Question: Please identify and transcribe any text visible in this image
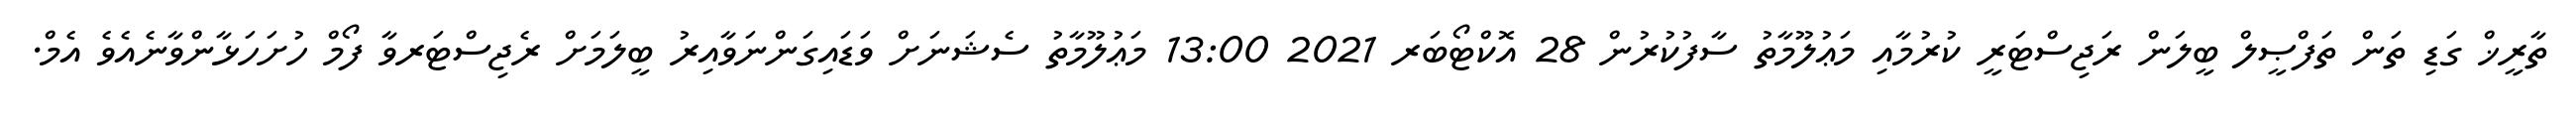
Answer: ތާރީޚް ގަޑި ތަން ތަފްޞީލް ބީލަން ރަޖިސްޓަރީ ކުރުމާއި މަޢުލޫމާތު ސާފުކުރުން 28 އޮކްޓޯބަރ 2021 13:00 މަޢުލޫމާތު ސެޝަނަށް ވަޑައިގަންނަވާއިރު ބީލަމަށް ރެޖިސްޓަރވާ ފޯމް ހުށަހަޅާންވާނެއެވެ އެމް.